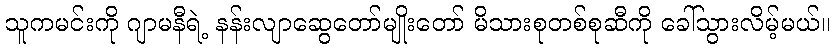
သူကမင်းကို ဂျာမနီရဲ့ နန်းလျာဆွေတော်မျိုးတော် မိသားစုတစ်စုဆီကို ခေါ်သွားလိမ့်မယ်။